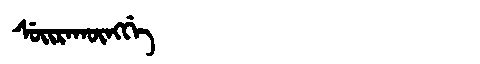
Manchu: ᠰᡠᡳᡵᠠᡴᡡᠩᡤᡝ
Romanization: SUIRAKŪNGGE